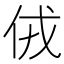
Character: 𠈋